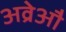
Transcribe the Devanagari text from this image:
अव्रेऔ